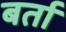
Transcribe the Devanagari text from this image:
बर्ता